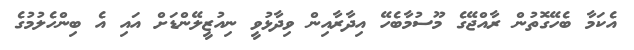
އެކަމާ ބެހޭގޮތުން ރާއްޖޭގެ މޫސުމާބެހޭ އިދާރާއިން ވިދާޅުވީ ނިއުޒީލޭންޑަށް އައި އެ ބިންހެލުމުގެ